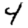
Digit: 4